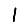
Digit: 1